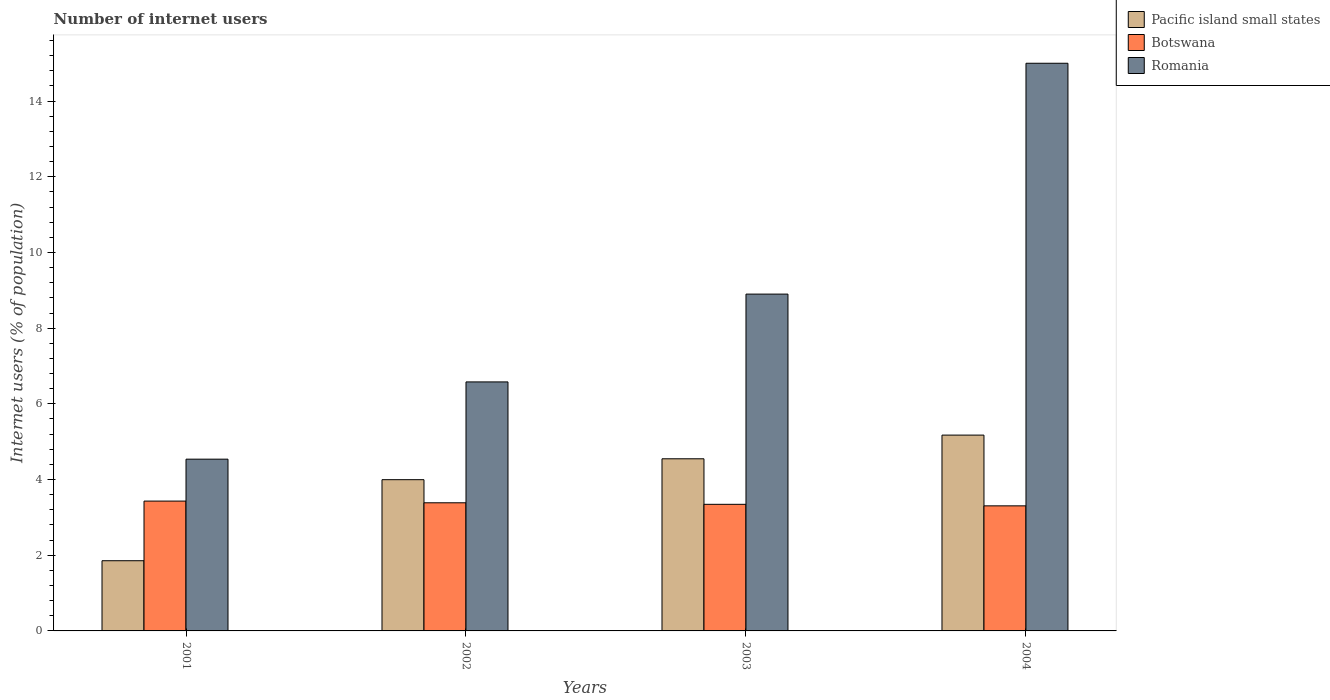
| Years | Pacific island small states | Botswana | Romania |
 | --- | --- | --- | --- |
 | 2001 | 1.86 | 3.43 | 4.54 |
 | 2002 | 4 | 3.39 | 6.58 |
 | 2003 | 4.55 | 3.35 | 8.9 |
 | 2004 | 5.17 | 3.3 | 15 |